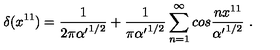
\delta ( x ^ { 1 1 } ) = { \frac { 1 } { 2 \pi { \alpha ^ { \prime } } ^ { 1 / 2 } } } + { \frac { 1 } { \pi { \alpha ^ { \prime } } ^ { 1 / 2 } } } \sum _ { n = 1 } ^ { \infty } c o s { \frac { n x ^ { 1 1 } } { { \alpha ^ { \prime } } ^ { 1 / 2 } } } \ .